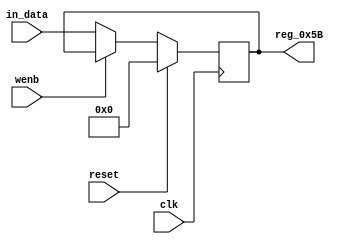
module r_TX_BUF_OBJ2_BYTE_3(output reg [7:0] reg_0x5B, input wire reset, input wire wenb, input wire [7:0] in_data, input wire clk);
	always@(posedge clk)
	begin
		if(reset==0) begin
			if(wenb==0)
				reg_0x5B<=in_data;
			else
				reg_0x5B<=reg_0x5B;
		end
		else
			reg_0x5B<=8'h00;
	end
endmodule